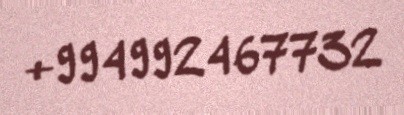
+994992467732